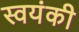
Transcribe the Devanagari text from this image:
स्वयंकी